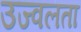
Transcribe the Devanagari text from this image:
उज्वलता